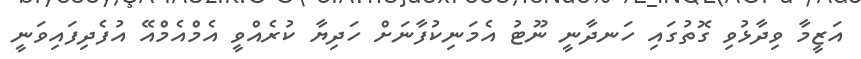
އަޒީމާ ވިދާޅުވި ގޮތުގައި ހަނދާނީ ނޫޓު އެމަނިކުފާނަށް ހަދިޔާ ކުރެއްވީ އެމްއެމްއޭ އުފެދިފައިވަނީ